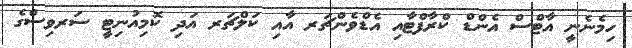
ހިމެނެނީ އާޓްސް އެންޑް ކްރާފްޓާއި އެޑްވެންޗަރ އާއި ކަލްޗަރ އަދި ކޮމިއުނިޓީ ސަރވިސްގެ